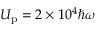
U _ { \mathrm { p } } = 2 \times 1 0 ^ { 4 } \hbar \omega